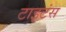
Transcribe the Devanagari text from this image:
टाइटंस